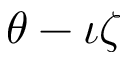
\theta - \iota \zeta